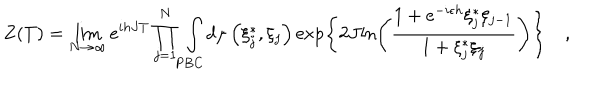
LaTeX: Z ( T ) = \lim _ { N \rightarrow \infty } e ^ { i h J T } \prod _ { j = 1 } ^ { N } \int _ { \mathrm { P B C } } { { d \mu \left( { \xi _ { j } ^ { * } , \xi _ { j } } \right) } \exp \left\{ { 2 J { \ln \left( { { \frac { 1 + e ^ { - i \epsilon h } \xi _ { j } ^ { * } \xi _ { j - 1 } } { 1 + \xi _ { j } ^ { * } \xi _ { j } } } } \right) } } \right\} } \quad ,